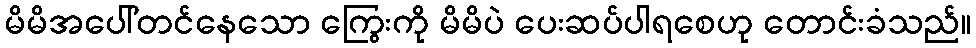
မိမိအပေါ်တင်နေသော ကြွေးကို မိမိပဲ ပေးဆပ်ပါရစေဟု တောင်းခံသည်။